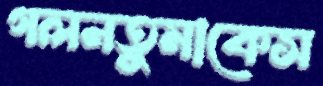
গলনতুমাকেস